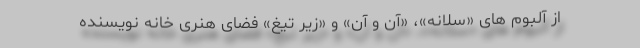
از آلبوم های «سلانه»، «آن و آن» و «زیر تیغ» فضای هنری خانه نویسنده